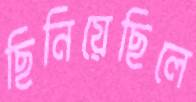
ছিনিয়েছিলে